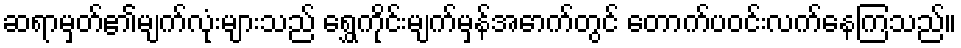
ဆရာမှတ်၏မျက်လုံးများသည် ရွှေကိုင်းမျက်မှန်အောက်တွင် တောက်ပဝင်းလက်နေကြသည်။